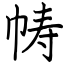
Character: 帱